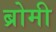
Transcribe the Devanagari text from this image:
ब्रोमी